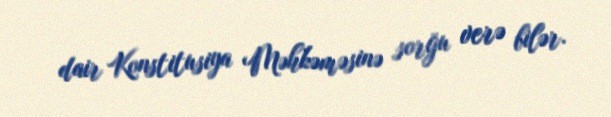
dair Konstitusiya Məhkəməsinə sorğu verə bilər.